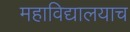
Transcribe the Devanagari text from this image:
महाविद्यालयाच